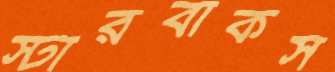
স্টারবাকস